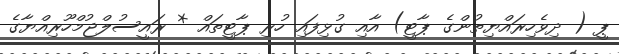
ޕީ ( ދިވެހިރައްޔިތުންގެ ޕާޓީ) އާއި ގުޅިފައި ހުރި ޕާޓީތައް * ރައީސުލްޖުމްހޫރިއްޔާގެ